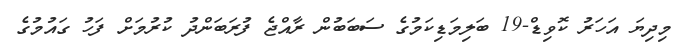
މިދިޔަ އަހަރު ކޮވިޑް-19 ބަލިމަޑިކަމުގެ ސަބަބުން ރާއްޖެ ފުރަބަންދު ކުރުމަށް ފަހު ގައުމުގެ